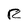
Character: R